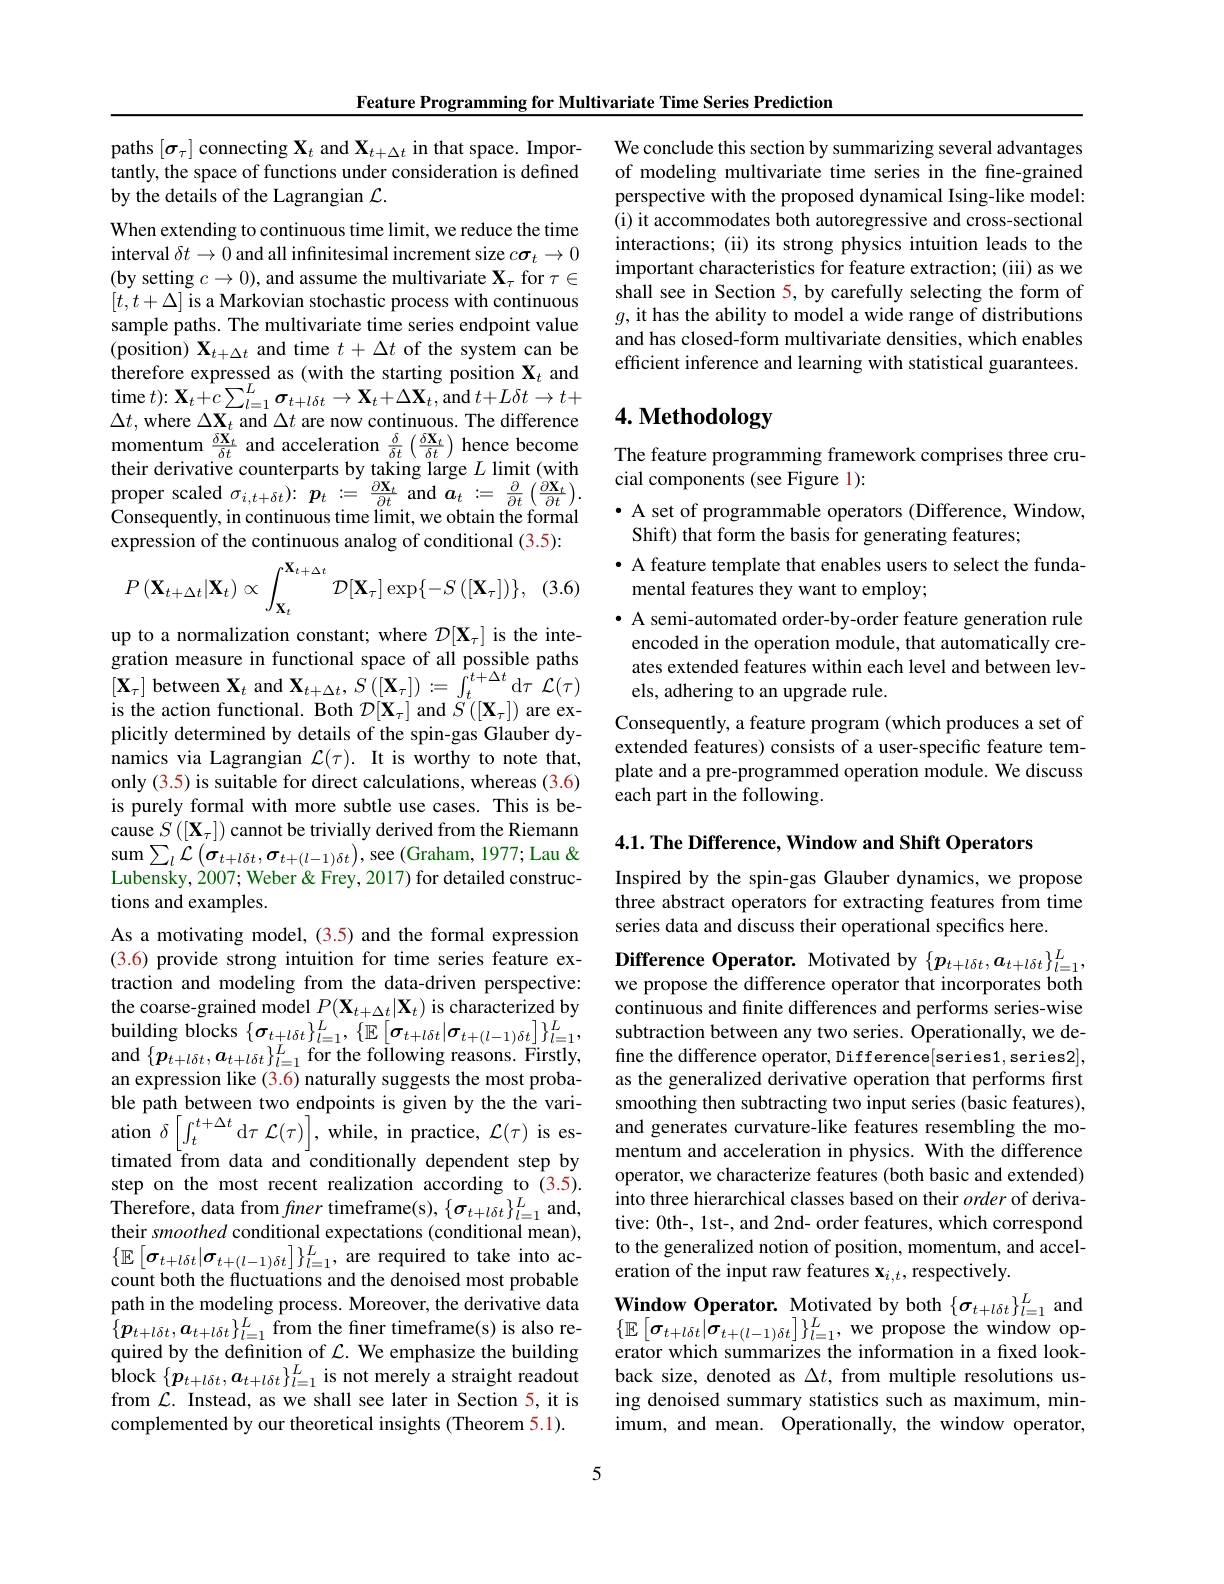
Feature Programming for Multivariate Time Series Prediction

paths $[\sigma_\tau]$ connecting $\mathbf{X}_t$ and $\mathbf{X}_t+\Delta t$ in that space. Importantly, the space of functions under consideration is defined by the details of the Lagrangian $\mathcal{L}.$

When extending to continuous time limit, we reduce the time interval $\delta t\to0$ and all infınitesimal increment size $c\boldsymbol{\sigma}_t\to0$ (by setting $c\to0)$, and assume the multivariate $\mathbf{X}_\tau$ for $\tau\in$ $[t,t+\Delta]$ is a Markovian stochastic process with continuous sample paths. The multivariate time series endpoint value (position) $\mathbf{X}_{t+\Delta t}$ and time $t+\Delta t$ of the system can be therefore expressed as (with the starting position $\mathbf{X}_t$ and time $t) {: }\mathbf{X} _{t}+ {\hat{c} }\sum _{l= 1}^{L}\boldsymbol{\sigma }_{t+ l\delta t}\to \mathbf{X} _{t}+ \Delta \mathbf{X} _{t}$,and $t+L\delta t\to t+$ $\Delta t$, where $\Delta\mathbf{X}_t$ and $\Delta t$ are now continuous. The difference momentum $\frac{\delta\mathbf{X}_t}{\delta t}$ and acceleration $\frac\delta{\delta t}\left(\frac{\delta\mathbf{X}_t}{\delta t}\right)$ hence become The feature programming framework comprises three crutheir derivative counterparts by taking large $L$ limit (with cial comnonents (see Fieure l).
proper scaled $\sigma _i, t+ \delta t) \nobreak {: } \boldsymbol{p}_t: =$ $\frac {\partial \mathbf{X} _t}{\partial t}$ and $\boldsymbol{a}_t: =$ $\frac \partial {\partial t}\left ( \frac {\partial \mathbf{X} _t}{\partial t}\right ) .$ Consequently, in continuous time limit, we obtain the formal expression of the continuous analog of conditional (3.5):
$$P\left(\mathbf{X}_{t+\Delta t}|\mathbf{X}_{t}\right)\propto\int_{\mathbf{X}_{t}}^{\mathbf{X}_{t+\Delta t}}\mathcal{D}[\mathbf{X}_{\tau}]\exp\{-S\left([\mathbf{X}_{\tau}]\right)\},$$
(3.6

up to a normalization constant; where $\mathcal{D}[\mathbf{X}_\tau]$ is the integration measure in functional space of all possible paths $[\mathbf{X}_{\tau}]$ between $\mathbf{X}_t$ and $\mathbf{X}_{t+\Delta t},S\left([\mathbf{X}_{\tau}]\right):=\int_{t}^{t+\Delta t}$d$\tau$ $\mathcal{L} ( \tau )$ is the action functional. Both $\mathcal{D}[\mathbf{X}_\tau]$ and $\tilde{S}([\mathbf{X}_\tau])$ are explicitly determined by details of the spin-gas Glauber dynamics via Lagrangian $\mathcal{L}(\tau).$ It is worthy to note that, only (3.5) is suitable for direct calculations, whereas (3.6) is purely formal with more subtle use cases. This is because $S\left([\mathbf{X}_{\tau}]\right)$ cannot be trivially derived from the Riemann sum$\sum_l\mathcal{L}\left(\boldsymbol{\sigma}_{t+l\delta t},\boldsymbol{\sigma}_{t+(l-1)\delta t}\right)$,see$\left(\mathrm{Graham,~1977;~Lau~\&}\right.$ Lubensky, 2007; Weber & Frey, 2017) for detailed constructions and examples.
As a motivating model, (3.5) and the formal expression (3.6) provide strong intuition for time series feature extraction and modeling from the data-driven perspective: the coarse-grained model $P(\mathbf{X}_{t+\Delta t}|\mathbf{X}_{t})$ is characterized by $\mathop{\text{building blocks}}\left\{\boldsymbol{\sigma}_{t+l\delta t}\right\}_{l=1}^{L},\left\{\mathbb{E}\left[\boldsymbol{\sigma}_{t+l\delta t}|\boldsymbol{\sigma}_{t+(l-1)\delta t}\right]\right\}_{l=1}^{L}$, and $\{\boldsymbol{p}_{t+l\delta t},\boldsymbol{a}_{t+l\delta t}\}_{l=1}^{L}$ for the following reasons. Firstly, an expression like (3.6) naturally suggests the most probable path between two endpoints is given by the the vari- smoothing then subtracting two input series( basic fatures) , ation $\delta \left [ \int _{t}^{t+ \Delta t}\mathrm{d} \tau \:\mathcal{L} ( \tau ) \right ] $, while, in practice, $\mathcal{L} ( \tau )$ is es- and generates curvature- like features resembling t
timated from data and conditionally dependent step by step on the most recent realization according to (3.5). Therefore, data from fner timeframe(s), $\{\sigma_{t+l\delta t}\}_{l=1}^{L}$ and, their smoothed conditional expectations (conditional mean), $\begin{array}{l}\{\mathbb{E}\left[\boldsymbol{\sigma}_{t+l\delta t}|\boldsymbol{\sigma}_{t+(l-1)\delta t}\right]\}_{l=1}^{L},\text{are required to take into ac-}\\\text{count both the fluctuations and the denoised most probable}\end{array}$ path in the modeling process. Moreover, the derivative data $\{ \boldsymbol{p}_{t+ l\delta t}, \boldsymbol{a}_{t+ l\delta t}\} _{l= 1}^{L}$ from the finer timeframe( s) is also re- $\{ \mathbb{E} \left [ \boldsymbol{\sigma }_{t+ l\delta t}| \dot{\boldsymbol{\sigma }} _{t+ ( l- 1) \delta t}\right ] \} _{l= 1}^{L}$,we propose the window op- quired by the definition of $\mathcal{L} .$ We emphasize the building erator which summarizes
$\hat{\mathrm{block}}\left\{\boldsymbol{p}_{t+l\delta t},\boldsymbol{a}_{t+l\delta t}\right\}_{l=1}^{L}$is not merely a straight readout from $\mathcal{L}.$ Instead, as we shall see later in Section 5, it is complemented by our theoretical insights (Theorem 5.1).

5

We conclude this section by summarizing several advantages of modeling multivariate time series in the fine-grained perspective with the proposed dynamical Ising-like model: (i) it accommodates both autoregressive and cross-sectional interactions; (ii) its strong physics intuition leads to the important characteristics for feature extraction; (iii) as we shall see in Section 5, by carefully selecting the form of $g$, it has the ability to model a wide range of distributions and has closed-form multivariate densities, which enables efficient inference and learning with statistical guarantees

# 4. Methodology

cial components (see Figure 1):

$\bullet$ A set of programmable operators (Difference, Window,
Shift) that form the basis for generating features;
· A feature template that enables users to select the funda-
mental features they want to employ;
· A semi-automated order-by-order feature generation rule encoded in the operation module, that automatically creates extended features within each level and between levels, adhering to an upgrade rule.
Consequently, a feature program (which produces a set of extended features) consists of a user-specific feature template and a pre-programmed operation module. We discuss each part in the following.

4.1. The Difference, Window and Shift Operators

Inspired by the spin-gas Glauber dynamics, we propose three abstract operators for extracting features from time series data and discuss their operational specifics here.

Difference Operator. Motivated by $\{p_{t+l\delta t},a_{t+l\delta t}\}_{l=1}^L$, we propose the difference operator that incorporates both continuous and finite differences and performs series-wise subtraction between any two series. Operationally, we define the difference operator, Difference[series1, series2], as the generalized derivative operation that performs first mentum and acceleration in physics. With the difference operator, we characterize features (both basic and extended) into three hierarchical classes based on their order of derivative: 0th-, 1st-, and 2nd- order features, which correspond to the generalized notion of position, momentum, and acceleration of the input raw features $\mathbf{x}_{i,t}$, respectively.

Window Operator. Motivated by both $\{\sigma_{t+l\delta t}\}_{l=1}^L$ and back size, denoted as $\Delta t$, from multiple resolutions using denoised summary statistics such as maximum, minimum, and mean. Operationally, the window operator,